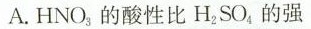
A.HNO_{3}的酸性比H_{2}SO_{4}的强